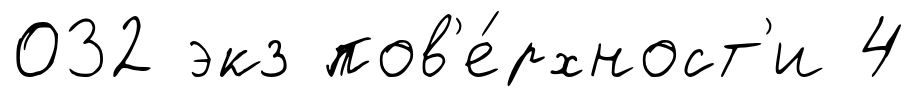
032 экз пов'е́рхност'и 4